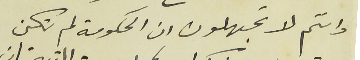
وانتم لا تجهلون ان الحكومة لم تكن